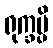
ရုက္ခမ္ပိ